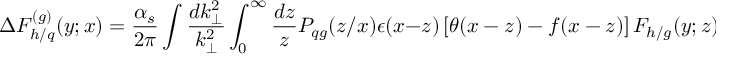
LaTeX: \Delta { F } _ { h / q } ^ { ( g ) } ( y ; x ) = \frac { \alpha _ { s } } { 2 \pi } \int \frac { d k _ { \perp } ^ { 2 } } { k _ { \perp } ^ { 2 } } \int _ { 0 } ^ { \infty } \frac { d z } { z } P _ { q g } ( z / x ) \epsilon ( x - z ) \left\lbrack \theta ( x - z ) - f ( x - z ) \right\rbrack { F } _ { h / g } ( y ; z ) \; \; .